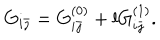
G _ { i \bar { \jmath } } = G _ { i \bar { \jmath } } ^ { ( 0 ) } + l G _ { i \bar { \jmath } } ^ { ( 1 ) } .